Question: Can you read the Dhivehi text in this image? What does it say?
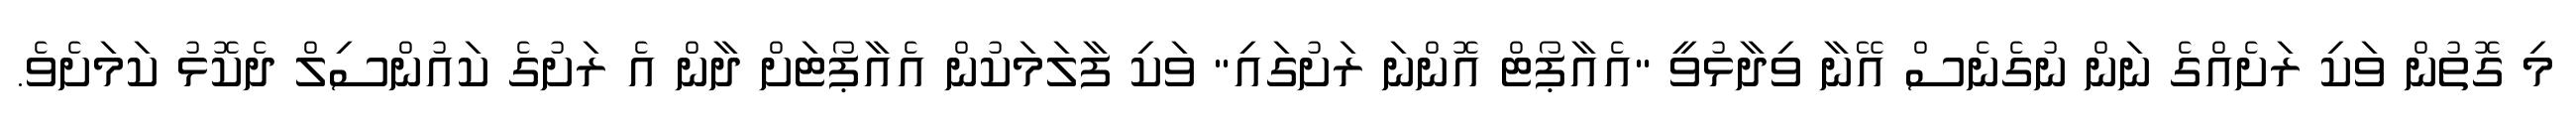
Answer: މި ގޮތުން ވަކި ރަށެއްގެ ނަން ނުގެނެސް އޭނާ ވިދާޅުވީ "އެއާޕޯޓް އޮންނަ ރަށުގައި" ވަކި ފާލަމަކުން އެއާޕޯޓަށް ދާން އެ ރަށުގެ ކައުންސިލް ދެކޮޅު ކަމަށެވެ.